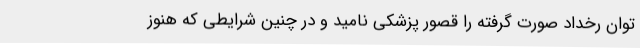
توان رخداد صورت گرفته را قصور پزشکی نامید و در چنین شرایطی که هنوز